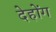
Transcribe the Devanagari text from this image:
देहोंग